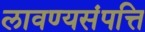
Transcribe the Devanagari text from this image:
लावण्यसंपत्ति